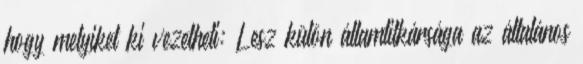
hogy melyiket ki vezetheti: Lesz külön államtitkársága az általános